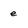
Character: e